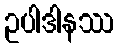
ဥပါဒါနဿ